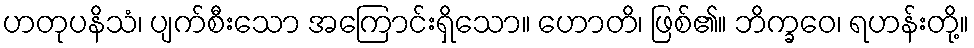
ဟတုပနိသံ၊ ပျက်စီးသော အကြောင်းရှိသော။ ဟောတိ၊ ဖြစ်၏။ ဘိက္ခဝေ၊ ရဟန်းတို့။